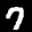
Label: 7